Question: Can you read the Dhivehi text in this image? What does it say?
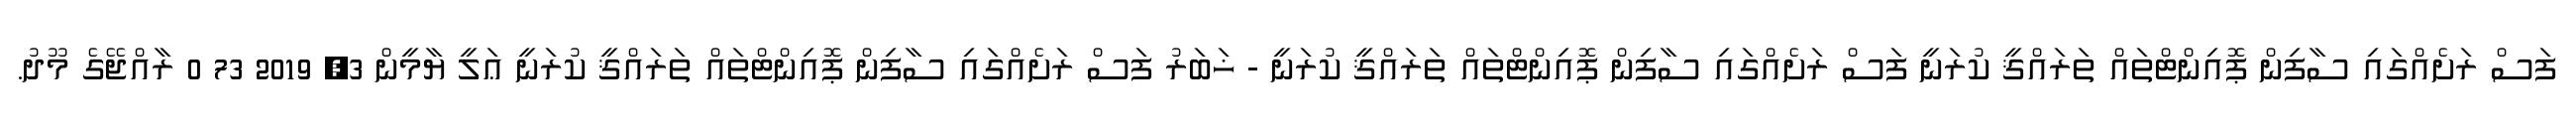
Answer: ފަސް ރަށެއްގައި ސާފިން ޕޮއިންޓްތައް ތަރައްޤީ ކުރަނީ ފަސް ރަށެއްގައި ސާފިން ޕޮއިންޓްތައް ތަރައްޤީ ކުރަނީ - ޚަބަރު ފަސް ރަށެއްގައި ސާފިން ޕޮއިންޓްތައް ތަރައްޤީ ކުރަނީ ޢަލީ ޔާމީން 3, 2019 73 0 ރާއްޖޭގެ މޫދު.